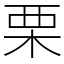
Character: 栗